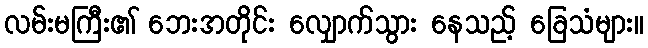
လမ်းမကြီး၏ ဘေးအတိုင်း လျှောက်သွား နေသည့် ခြေသံများ။